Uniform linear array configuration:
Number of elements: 8
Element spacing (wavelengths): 0.5
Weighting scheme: cosine
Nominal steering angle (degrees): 60
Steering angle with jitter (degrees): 59.223
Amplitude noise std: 0.05
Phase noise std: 0.05

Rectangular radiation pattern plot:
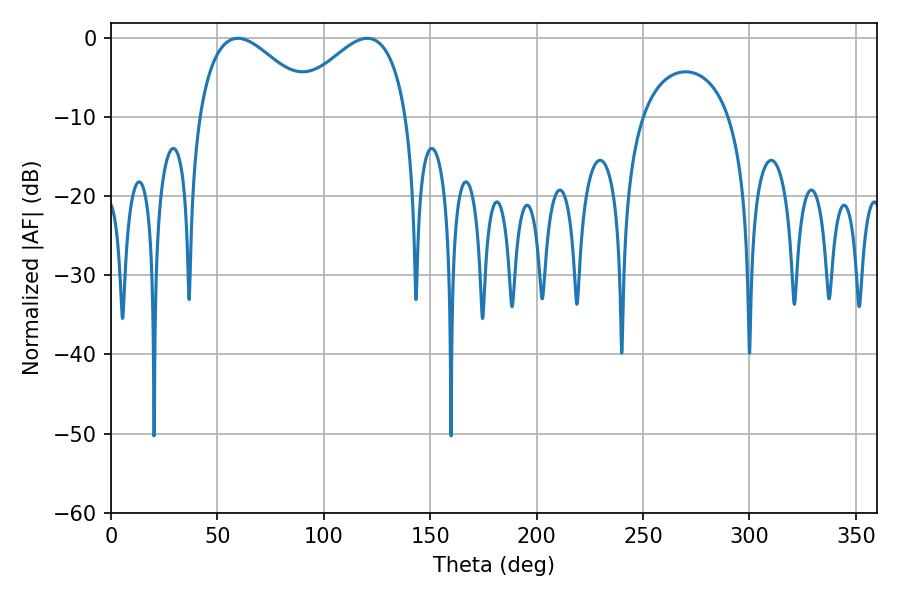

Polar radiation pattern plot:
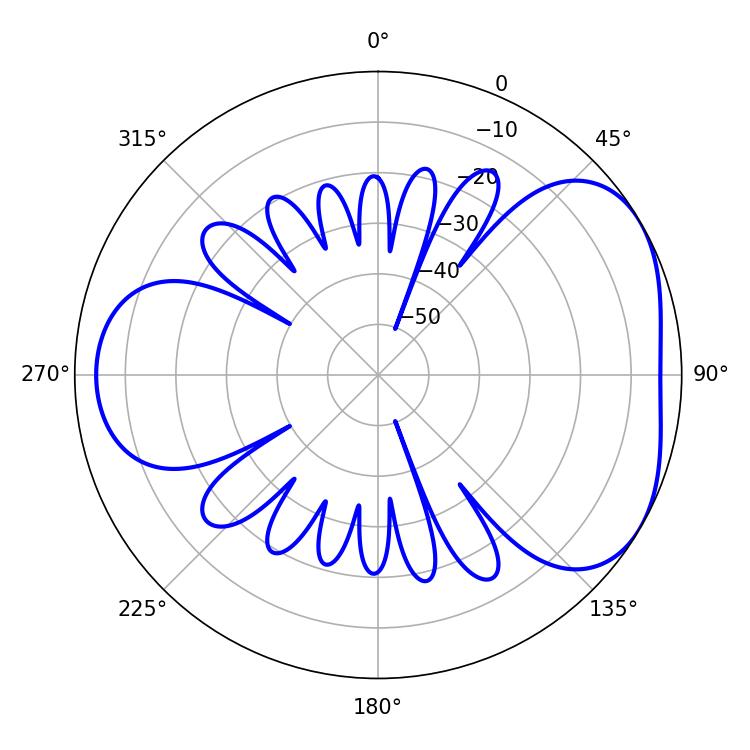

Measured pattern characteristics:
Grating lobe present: FALSE
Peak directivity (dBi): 4.25
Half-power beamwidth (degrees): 30.24
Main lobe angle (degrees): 59.58